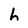
Character: h